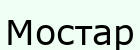
Мостар